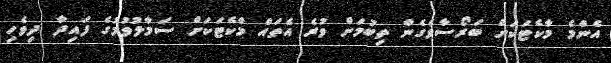
އެންމެ މާކެޓަކަށް ބަރޯސާވެގެން ތިބުމަށް ވުރެ އެތައް މާކެޓަކަށް ސަމާލުވުމުގެ ފައިދާ ދިވެހި